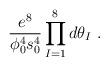
LaTeX: \begin{align*}\frac{e^8}{\phi_0^4 s_0^4} \prod_{I=1}^8 d\theta_I\ . \end{align*}